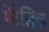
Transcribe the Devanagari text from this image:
मेटेलिक